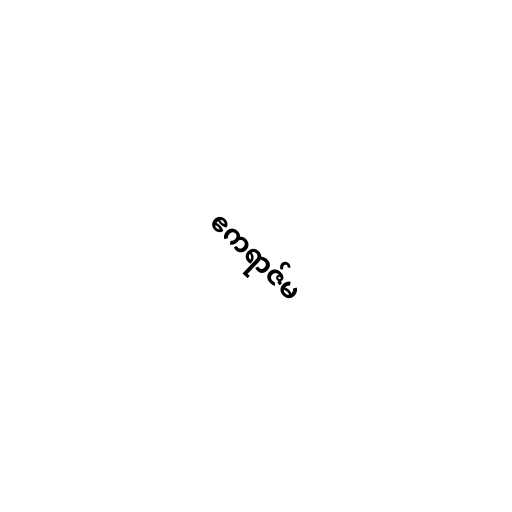
ဧကရာဇ်မ